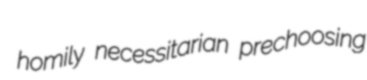
homily necessitarian prechoosing